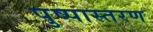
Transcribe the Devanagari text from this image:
पुष्पास्तरण